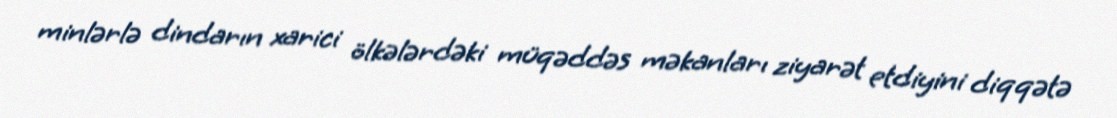
minlərlə dindarın xarici ölkələrdəki müqəddəs məkanları ziyarət etdiyini diqqətə